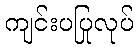
ကျင်းပပြုလုပ်